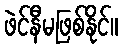
ဖဲင်နီမဖြစ်နိုင်။